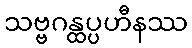
သဗ္ဗဂန္ထပ္ပဟီနဿ